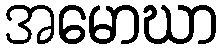
အမောဃာ